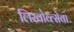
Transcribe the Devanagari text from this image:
लिखोव्त्सेवा